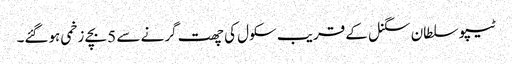
ٹیپو سلطان سگنل کے قریب سکول کی چھت گرنے سے 5 بچے زخمی ہوگئے۔